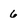
Character: 6